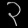
Digit: ၃